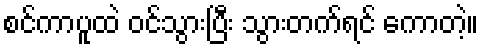
စင်ကာပူထဲ ဝင်သွားပြီး သွားတက်ရင် ကောတဲ့။